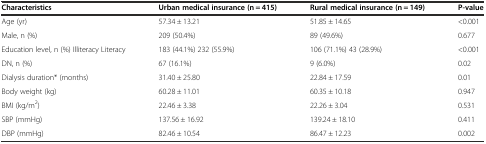
<table><thead><tr><td><b>Characteristics</b></td><td><b>Urban medical insurance (n = 415)</b></td><td><b>Rural medical insurance (n = 149)</b></td><td><b>P-value</b></td></tr></thead><tbody><tr><td>Age (yr)</td><td>57.34 ± 13.21</td><td>51.85 ± 14.65</td><td>&lt;0.001</td></tr><tr><td>Male, n (%)</td><td>209 (50.4%)</td><td>89 (49.6%)</td><td>0.677</td></tr><tr><td>Education level, n (%) Illiteracy Literacy</td><td>183 (44.1%) 232 (55.9%)</td><td>106 (71.1%) 43 (28.9%)</td><td>&lt;0.001</td></tr><tr><td>DN, n (%)</td><td>67 (16.1%)</td><td>9 (6.0%)</td><td>0.02</td></tr><tr><td>Dialysis duration* (months)</td><td>31.40 ± 25.80</td><td>22.84 ± 17.59</td><td>0.01</td></tr><tr><td>Body weight (kg)</td><td>60.28 ± 11.01</td><td>60.35 ± 10.18</td><td>0.947</td></tr><tr><td>BMI (kg/m<sup>2</sup>)</td><td>22.46 ± 3.38</td><td>22.26 ± 3.04</td><td>0.531</td></tr><tr><td>SBP (mmHg)</td><td>137.56 ± 16.92</td><td>139.24 ± 18.10</td><td>0.411</td></tr><tr><td>DBP (mmHg)</td><td>82.46 ± 10.54</td><td>86.47 ± 12.23</td><td>0.002</td></tr></tbody></table>